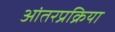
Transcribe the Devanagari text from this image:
आंतरप्रक्रिया